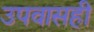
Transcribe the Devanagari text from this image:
उपवासही